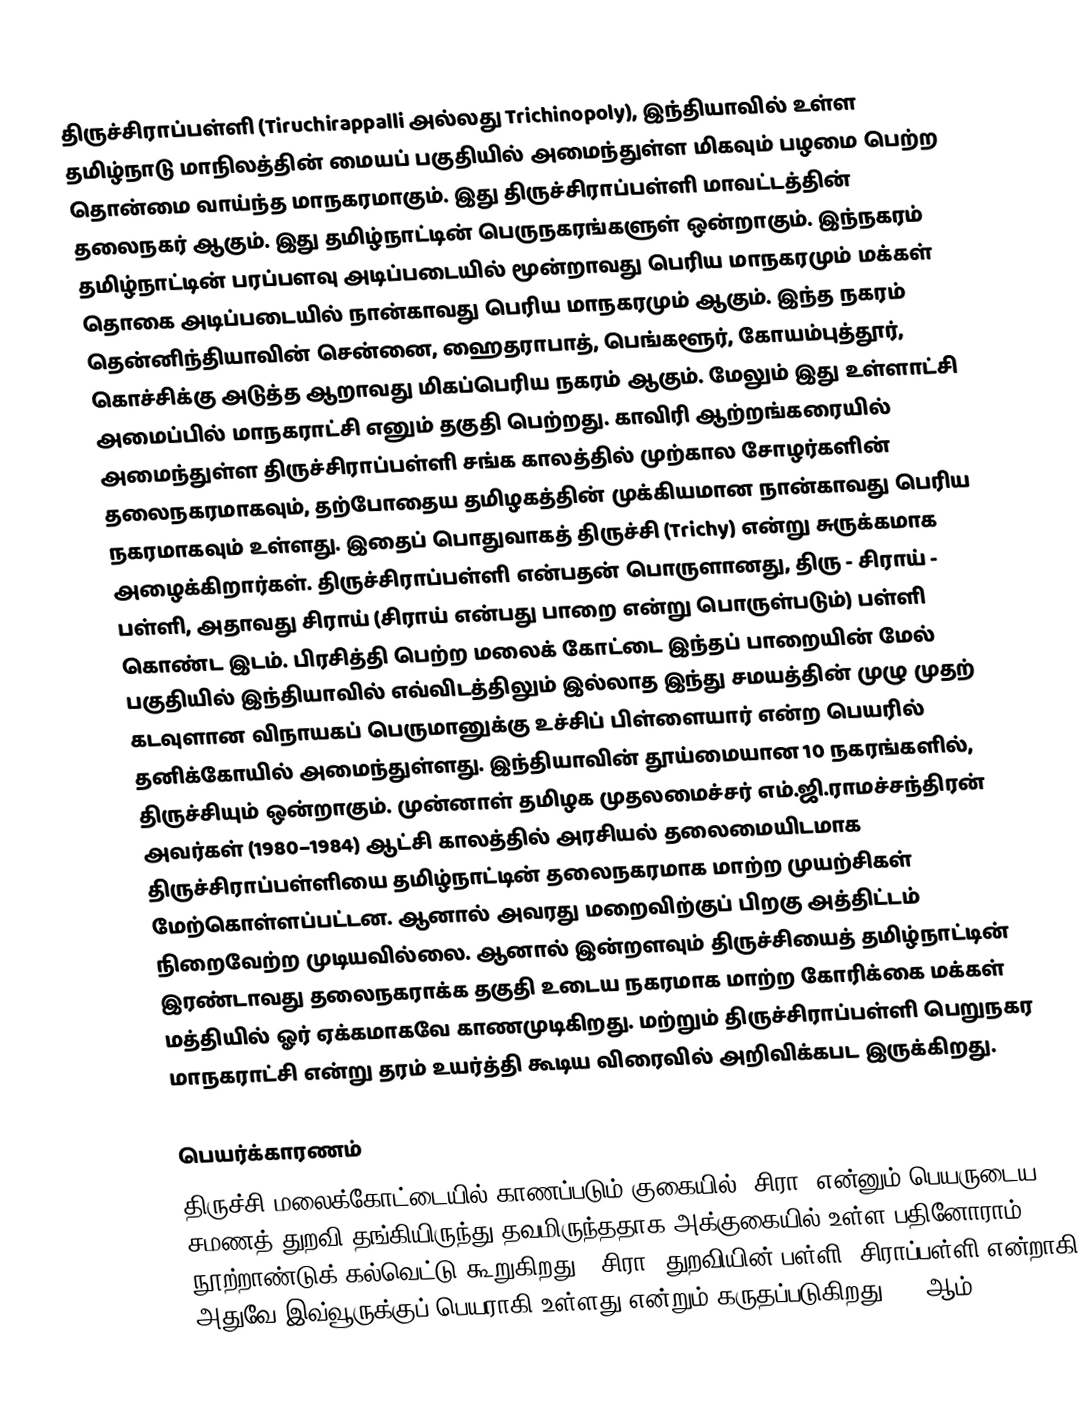
திருச்சிராப்பள்ளி (Tiruchirappalli அல்லது Trichinopoly), இந்தியாவில் உள்ள தமிழ்நாடு மாநிலத்தின் மையப் பகுதியில் அமைந்துள்ள மிகவும் பழமை பெற்ற தொன்மை வாய்ந்த மாநகரமாகும். இது திருச்சிராப்பள்ளி மாவட்டத்தின் தலைநகர் ஆகும். இது தமிழ்நாட்டின் பெருநகரங்களுள் ஒன்றாகும். இந்நகரம் தமிழ்நாட்டின் பரப்பளவு அடிப்படையில் மூன்றாவது பெரிய மாநகரமும் மக்கள் தொகை அடிப்படையில் நான்காவது பெரிய மாநகரமும் ஆகும். இந்த நகரம் தென்னிந்தியாவின் சென்னை, ஹைதராபாத்,  பெங்களூர், கோயம்புத்தூர், கொச்சிக்கு அடுத்த ஆறாவது மிகப்பெரிய நகரம் ஆகும். மேலும் இது உள்ளாட்சி அமைப்பில் மாநகராட்சி எனும் தகுதி பெற்றது. காவிரி ஆற்றங்கரையில் அமைந்துள்ள திருச்சிராப்பள்ளி சங்க காலத்தில் முற்கால சோழர்களின் தலைநகரமாகவும், தற்போதைய தமிழகத்தின் முக்கியமான நான்காவது பெரிய நகரமாகவும் உள்ளது. இதைப் பொதுவாகத் திருச்சி (Trichy) என்று சுருக்கமாக அழைக்கிறார்கள். திருச்சிராப்பள்ளி என்பதன் பொருளானது, திரு - சிராய் - பள்ளி, அதாவது சிராய் (சிராய் என்பது பாறை என்று பொருள்படும்) பள்ளி கொண்ட இடம். பிரசித்தி பெற்ற மலைக் கோட்டை இந்தப் பாறையின் மேல் பகுதியில் இந்தியாவில் எவ்விடத்திலும் இல்லாத இந்து சமயத்தின் முழு முதற் கடவுளான விநாயகப் பெருமானுக்கு உச்சிப் பிள்ளையார் என்ற பெயரில் தனிக்கோயில் அமைந்துள்ளது. இந்தியாவின் தூய்மையான 10 நகரங்களில், திருச்சியும் ஒன்றாகும். முன்னாள் தமிழக முதலமைச்சர் எம்.ஜி.ராமச்சந்திரன் அவர்கள் (1980–1984) ஆட்சி காலத்தில் அரசியல் தலைமையிடமாக திருச்சிராப்பள்ளியை தமிழ்நாட்டின் தலைநகரமாக மாற்ற முயற்சிகள் மேற்கொள்ளப்பட்டன. ஆனால் அவரது மறைவிற்குப் பிறகு அத்திட்டம் நிறைவேற்ற முடியவில்லை. ஆனால் இன்றளவும் திருச்சியைத் தமிழ்நாட்டின் இரண்டாவது தலைநகராக்க தகுதி உடைய நகரமாக மாற்ற கோரிக்கை மக்கள் மத்தியில் ஓர் ஏக்கமாகவே காணமுடிகிறது. மற்றும் திருச்சிராப்பள்ளி பெறுநகர மாநகராட்சி என்று தரம் உயர்த்தி கூடிய விரைவில் அறிவிக்கபட இருக்கிறது.

பெயர்க்காரணம்
திருச்சி மலைக்கோட்டையில் காணப்படும் குகையில் 'சிரா' என்னும் பெயருடைய சமணத் துறவி தங்கியிருந்து தவமிருந்ததாக அக்குகையில் உள்ள பதினோராம் நூற்றாண்டுக் கல்வெட்டு கூறுகிறது. "சிரா" துறவியின் பள்ளி, சிராப்பள்ளி என்றாகி அதுவே இவ்வூருக்குப் பெயராகி உள்ளது என்றும் கருதப்படுகிறது. 16 ஆம்